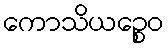
ကောသိယဉ္စေဝ